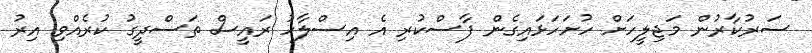
ސަރުކާރުން މަޖިލީހަށް ހުށަހަޅައިގެން ފާސްކުރި އެ އިސްލާހު ރައީސް ތަސްދީގު ކުރެއްވި އިރު